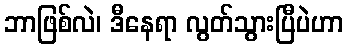
ဘာဖြစ်လဲ၊ ဒီနေရာ လွတ်သွားပြီပဲဟာ